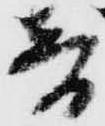
音